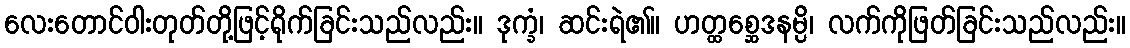
လေးတောင်ဝါးတုတ်တို့ဖြင့်ရိုက်ခြင်းသည်လည်း။ ဒုက္ခံ၊ ဆင်းရဲ၏။ ဟတ္ထစ္ဆေဒနမ္ပိ၊ လက်ကိုဖြတ်ခြင်းသည်လည်း။